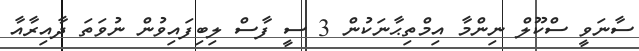
ސާނަވީ ސްކޫލް ނިންމާ އިމްތިޙާނަކުން 3 ސީ ފާސް ލިބިފައިވުން ނުވަތަ ދާއިރާއާ